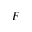
F